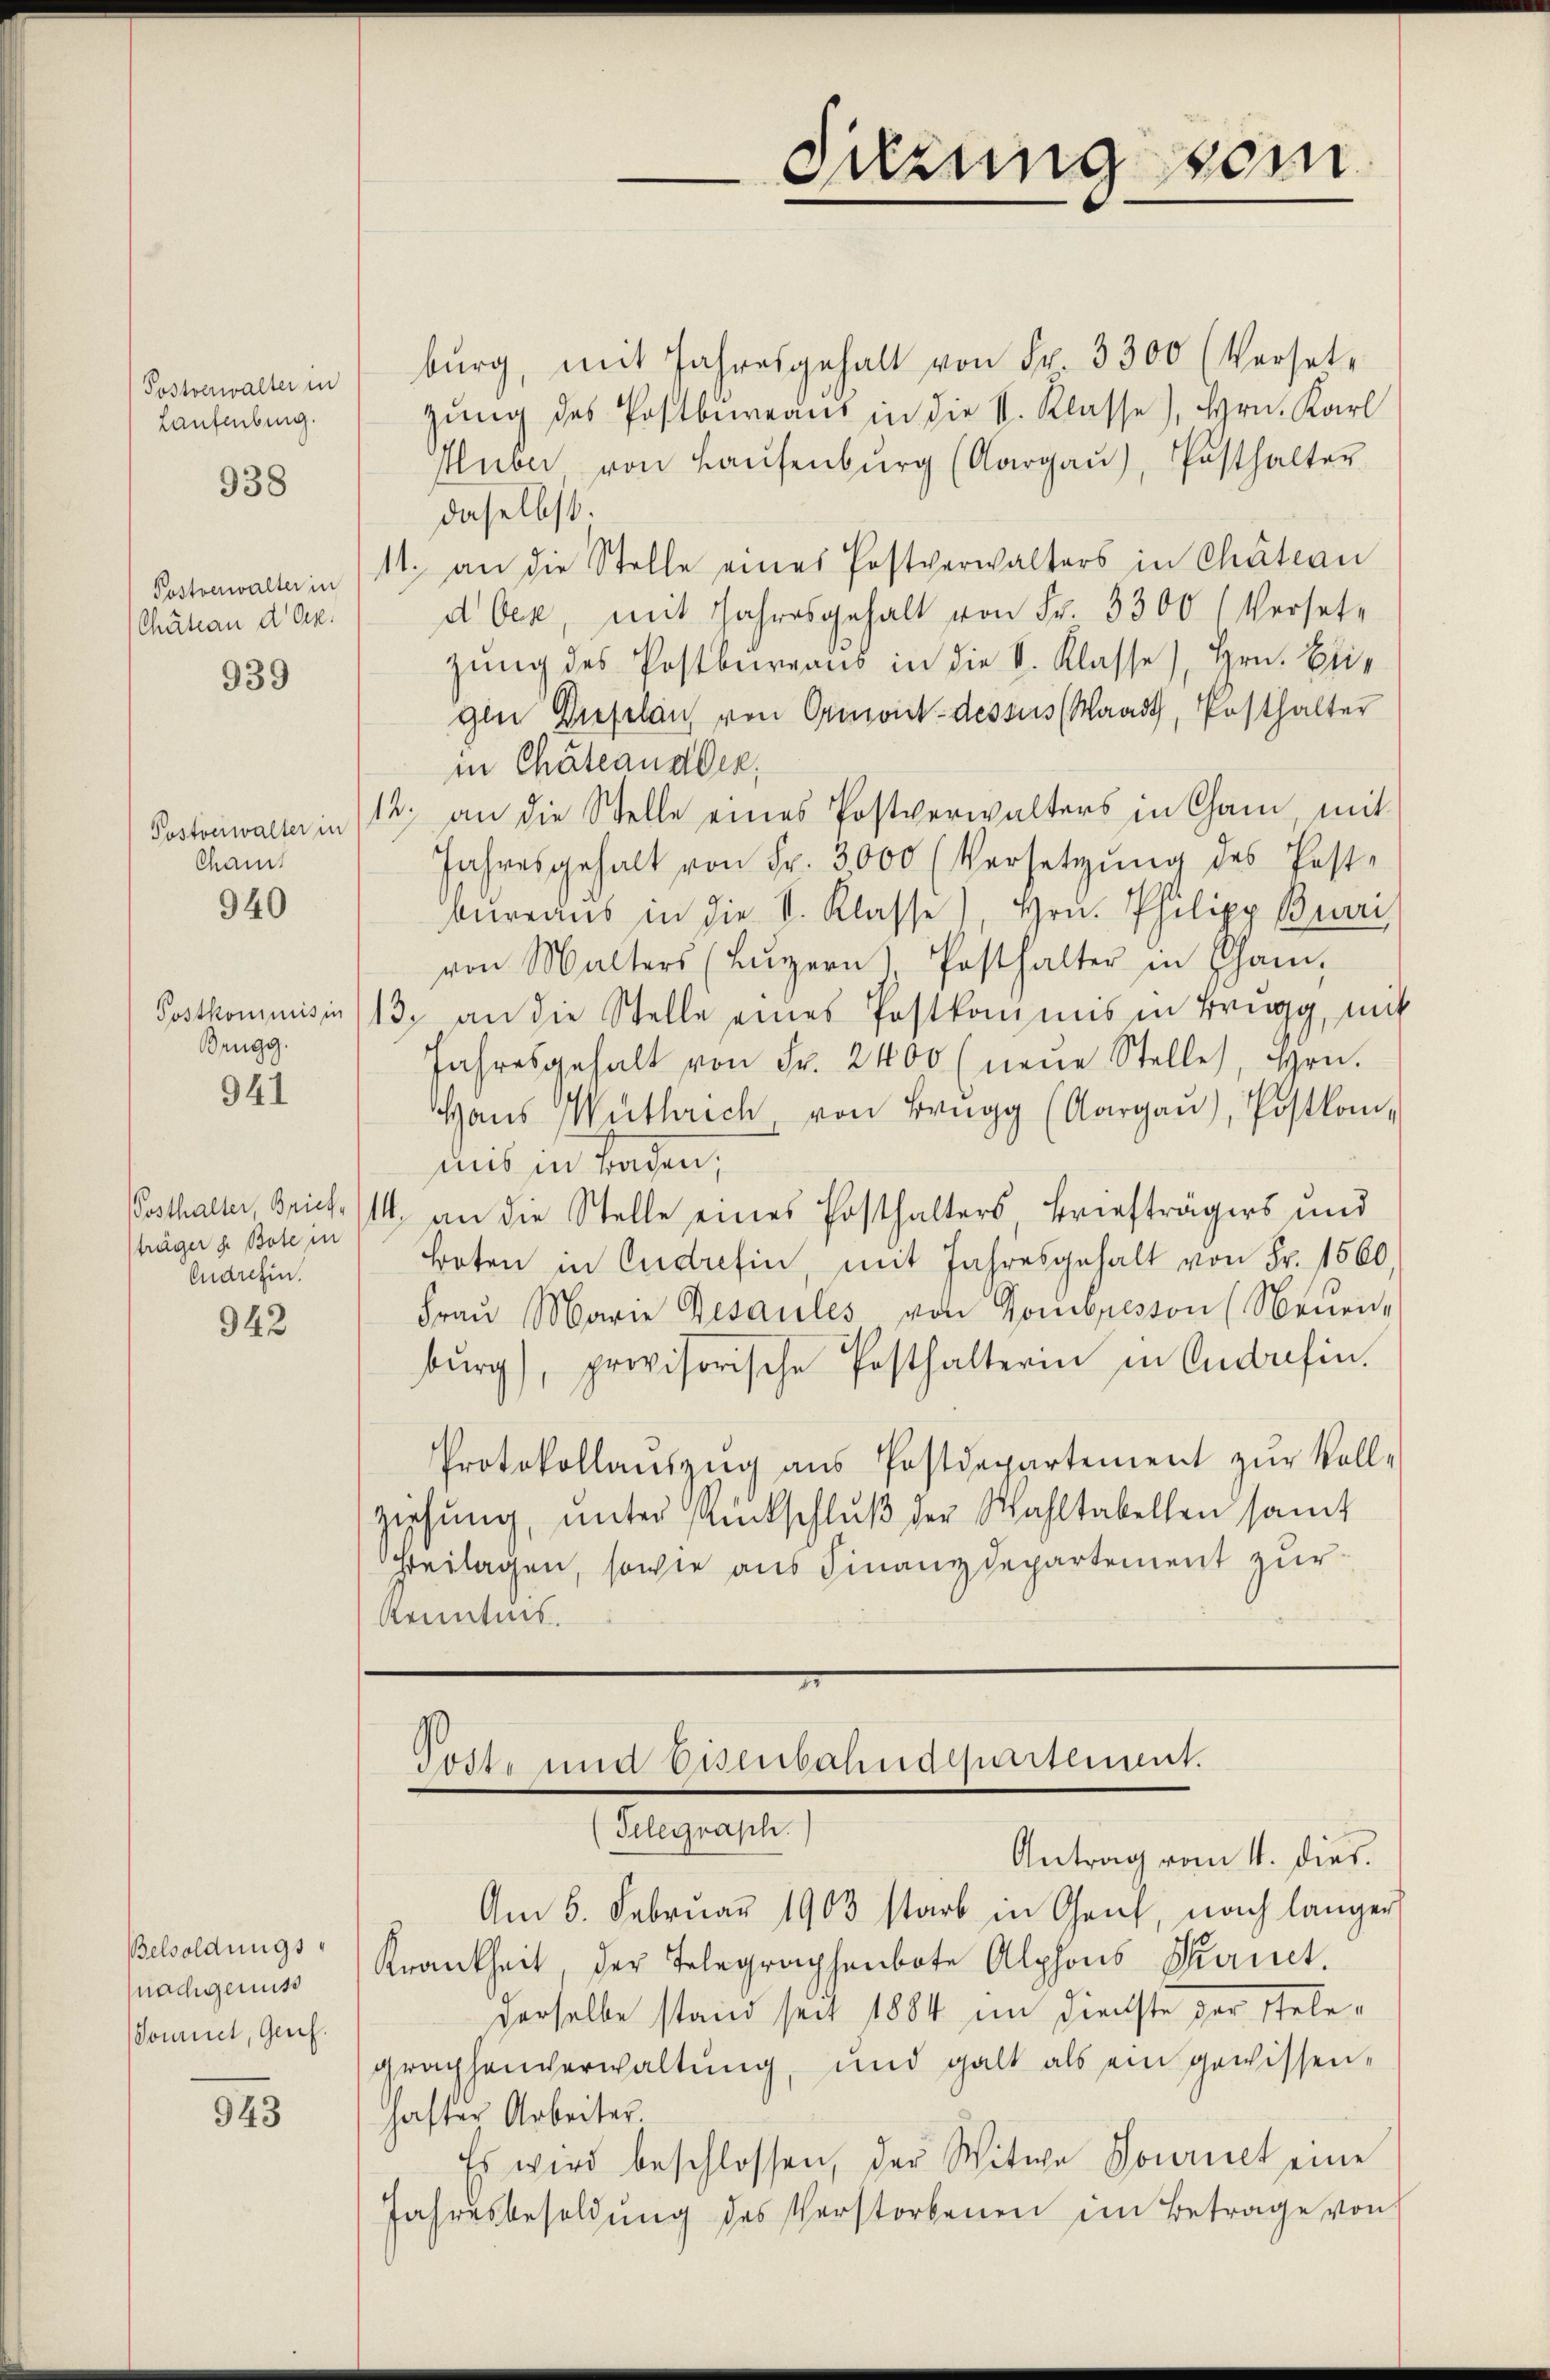
Postverwalter in
Laufenburg.

938

Chateau d. Op.

939

Chamt

940

Postkommis in
Brugg.

941

träger z. Bote in
Endrefin.

942

Belsoldungs¬
(nachgenuss
Sommel, Genf.

343

bŭrg, mit Jahresgehalt von Fr. 3300 (Verset-
gung des Postbureaus in die V. Klasse), Hrn. Karl
Huber, von Haŭsenbŭrg (Aargaŭ), Posthalter
daselbst.
Postverwalterin (11. an die Stelle eines Postverwalters in Chateau
d Oer, mit Jahresgehalt von Fr. 3300 (Versetz
zung des Postbureaus in die V. Klasse), Hrn. Beigen Dieselauf von Ormont-dessus (Waadt, Posthalter
in Chäteander
Postonwalter in 12. an die Stelle eines Postverwalters in Cham mit
Jahresgehalt von Fr. 3000 (Versetzŭng des Post-
bureaus in die V. Klasse), Hrn. Philipp Burri
von Malters (Lŭzern Posthalter in Cham,
13. an die Stelle eines Postkommis in Brugg, mit
Jahresgehalt von Fr. 2400 (neŭe Stelle, Hrn.
Haŭs Wüthrich von Brugg (Aargaŭ), Postkom-
mit in Faden,
Posthalter, Brief. (14 an die Stelle eines Posthalters, Briefträgers und
treten in Eudrefin, mit Jahresgehalt von Fr. 1560
Fraŭ Marie Besaules von Hombresson (Neuen,
bŭrg), provisorische Pesthalterin in Antrefen.
Protokollauszug aus Postdepartement zur Vollziehung, unter Rückschlŭβ der Wahltabellen samt
Freilagen, sowie aus Finanzdepartement zur
Kenntnis.

Suzung vom

Post- und Eisenbahndepartement.
(Telegraph.

Antrag vom 4. dies
Am 6. Februar 1903 starb in Genf, nach länger
Krankheit der Telegraphenbote Alphons Sanct.
derselbe stand seit 1884 im Dienste der stelegraphenverwaltung, und galt als ein gewissenhafter Arbeiter.
Es wird beschlossen, der Witwe Journet eine
Jahresbesoldŭng des Verstorbenen im Betrage von